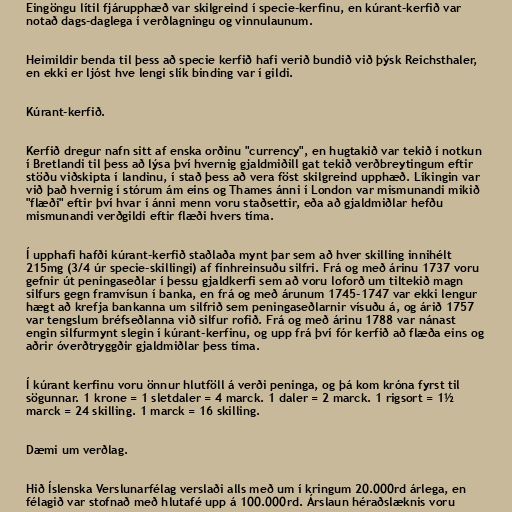
Eingöngu lítil fjárupphæð var skilgreind í specie-kerfinu, en kúrant-kerfið var
notað dags-daglega í verðlagningu og vinnulaunum.

Heimildir benda til þess að specie kerfið hafi verið bundið við þýsk Reichsthaler,
en ekki er ljóst hve lengi slík binding var í gildi.

Kúrant-kerfið.

Kerfið dregur nafn sitt af enska orðinu "currency", en hugtakið var tekið í notkun
í Bretlandi til þess að lýsa því hvernig gjaldmiðill gat tekið verðbreytingum eftir
stöðu viðskipta í landinu, í stað þess að vera föst skilgreind upphæð. Líkingin var
við það hvernig í stórum ám eins og Thames ánni í London var mismunandi mikið
"flæði" eftir því hvar í ánni menn voru staðsettir, eða að gjaldmiðlar hefðu
mismunandi verðgildi eftir flæði hvers tíma.

Í upphafi hafði kúrant-kerfið staðlaða mynt þar sem að hver skilling innihélt
215mg (3/4 úr specie-skillingi) af fínhreinsuðu silfri. Frá og með árinu 1737 voru
gefnir út peningaseðlar í þessu gjaldkerfi sem að voru loforð um tiltekið magn
silfurs gegn framvísun í banka, en frá og með árunum 1745-1747 var ekki lengur
hægt að krefja bankanna um silfrið sem peningaseðlarnir vísuðu á, og árið 1757
var tengslum bréfseðlanna við silfur rofið. Frá og með árinu 1788 var nánast
engin silfurmynt slegin í kúrant-kerfinu, og upp frá því fór kerfið að flæða eins og
aðrir óverðtryggðir gjaldmiðlar þess tíma.

Í kúrant kerfinu voru önnur hlutföll á verði peninga, og þá kom króna fyrst til
sögunnar. 1 krone = 1 sletdaler = 4 marck. 1 daler = 2 marck. 1 rigsort = 1½
marck = 24 skilling. 1 marck = 16 skilling.

Dæmi um verðlag.

Hið Íslenska Verslunarfélag verslaði alls með um í kringum 20.000rd árlega, en
félagið var stofnað með hlutafé upp á 100.000rd. Árslaun héraðslæknis voru